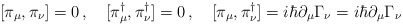
\begin{align*}[\pi_{\mu}, \pi_{\nu}]=0\,,\quad[\pi_{\mu}^{\dag}, \pi_{\nu}^{\dag}]=0\,,\quad[\pi_{\mu}, \pi_{\nu}^{\dag}]=i\hbar \partial _{\mu}\Gamma_{\nu}=i\hbar \partial _{\mu}\Gamma_{\nu}\end{align*}